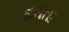
દતતા